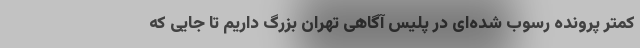
کمتر پرونده رسوب شده‌ای در پلیس آگاهی تهران بزرگ داریم تا جایی که